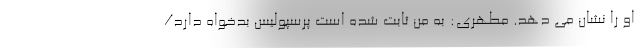
او را نشان می دهد. مطهری: به من ثابت شده است پرسپولیس بدخواه دارد/